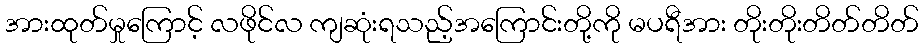
အားထုတ်မှုကြောင့် လဖိုင်လ ကျဆုံးရသည့်အကြောင်းတို့ကို မပရီအား တိုးတိုးတိတ်တိတ်